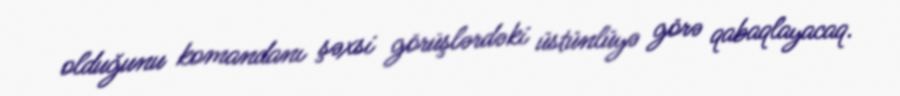
olduğunu komandanı şəxsi görüşlərdəki üstünlüyə görə qabaqlayacaq.